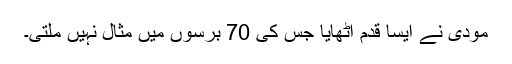
مودی نے ایسا قدم اٹھایا جس کی 70 برسوں میں مثال نہیں ملتی۔